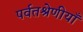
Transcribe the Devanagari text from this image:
पर्वतश्रेणीयाँ